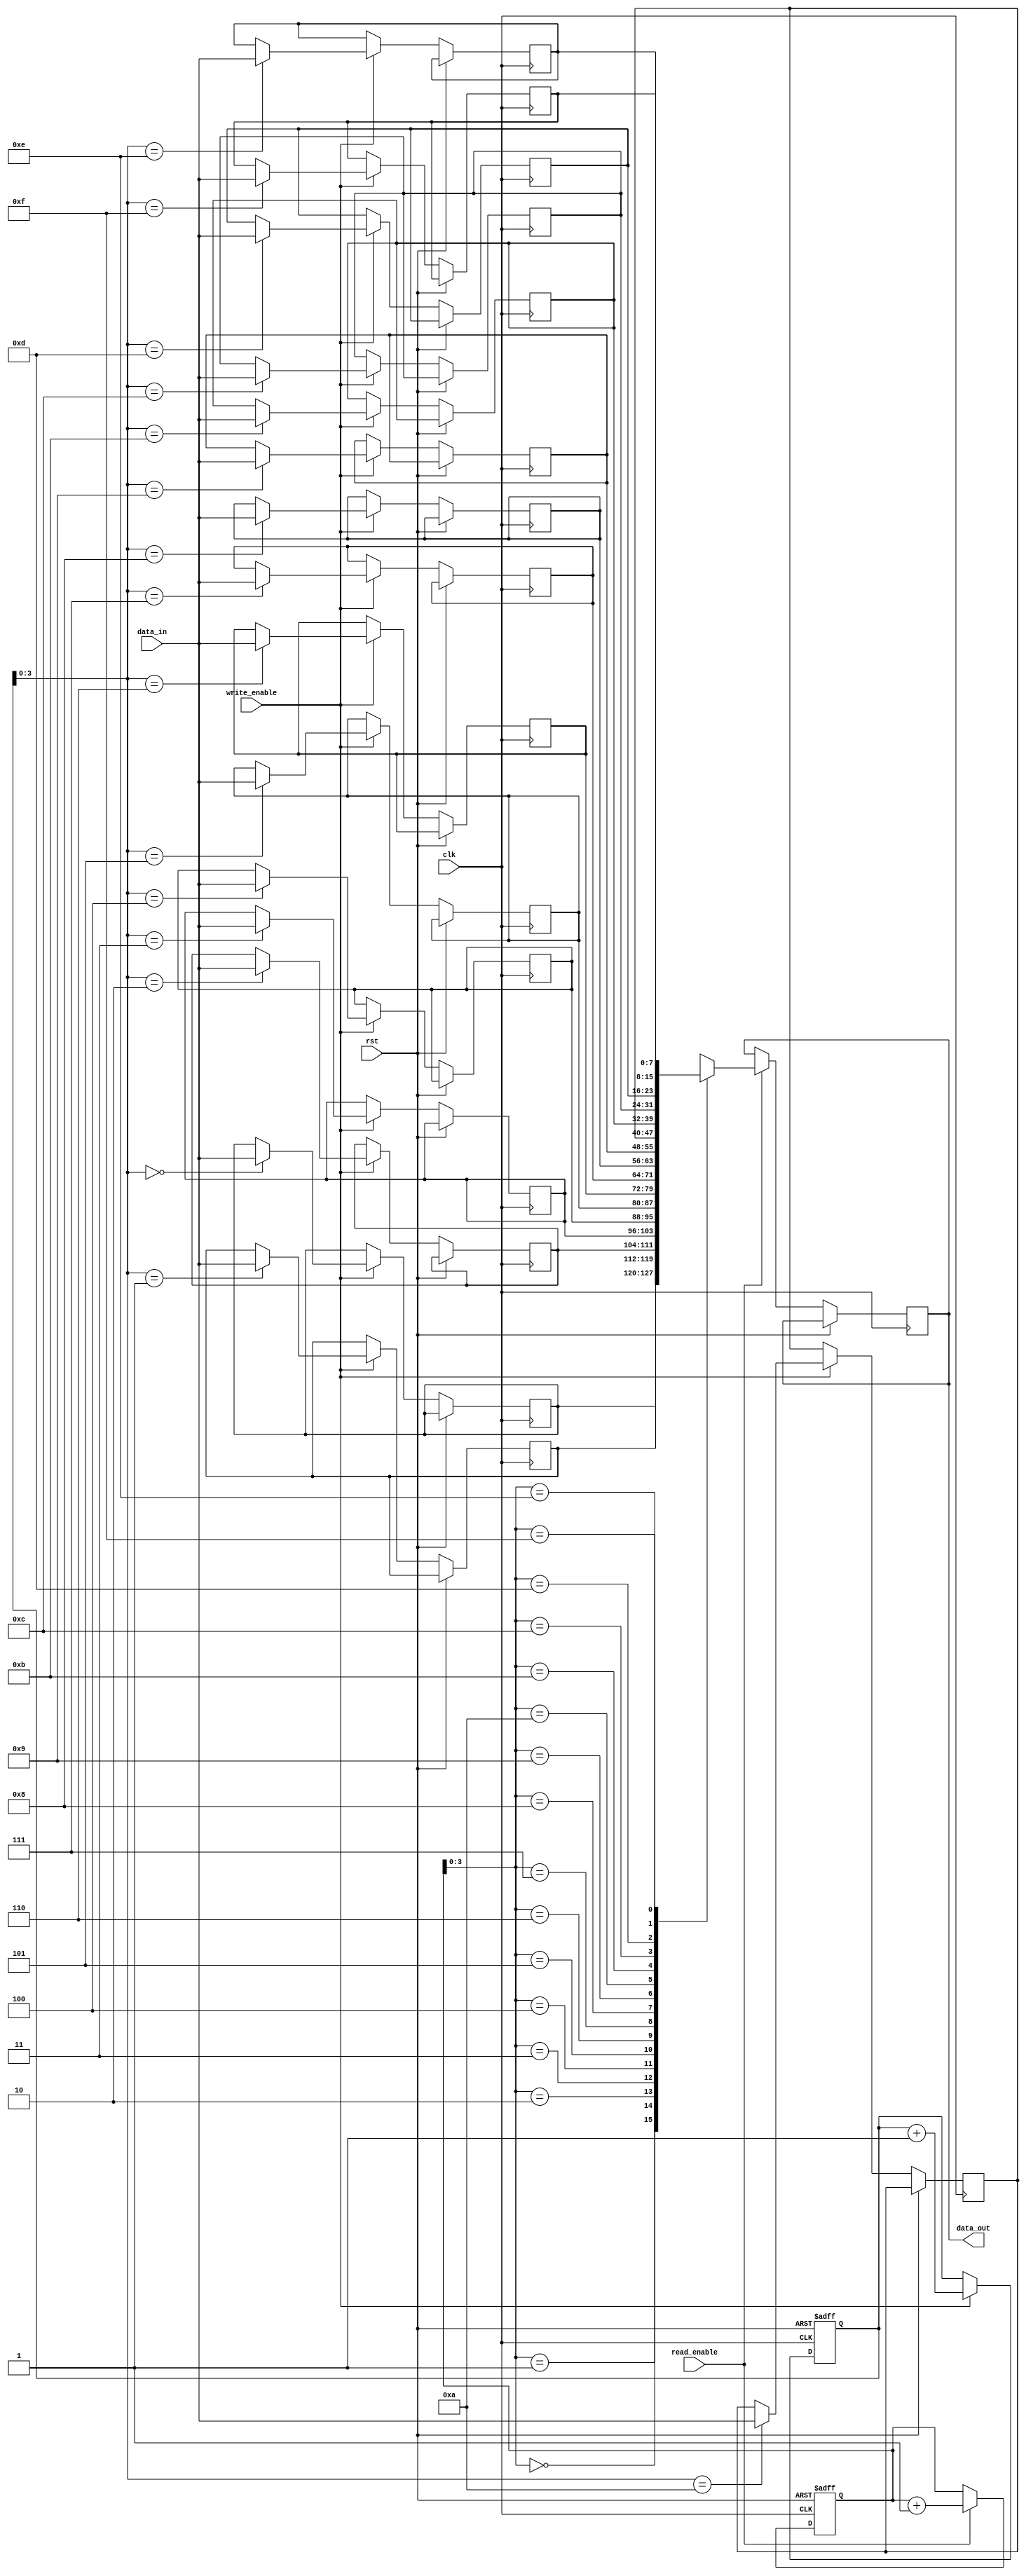
module fifo_buffer (
    input wire clk,
    input wire rst,
    input wire write_enable,
    input wire read_enable,
    input wire [DATA_WIDTH-1:0] data_in,
    output reg [DATA_WIDTH-1:0] data_out
);

parameter DEPTH = 16; // Depth of the FIFO buffer
parameter DATA_WIDTH = 8; // Width of the data bus

reg [DATA_WIDTH-1:0] fifo_buffer [0:DEPTH-1];
reg [4:0] write_ptr, read_ptr;

always @(posedge clk or posedge rst) begin
    if (rst) begin
        write_ptr <= 0;
        read_ptr <= 0;
    end else begin
        if (write_enable) begin
            fifo_buffer[write_ptr] <= data_in;
            write_ptr <= write_ptr + 1;
        end

        if (read_enable) begin
            data_out <= fifo_buffer[read_ptr];
            read_ptr <= read_ptr + 1;
        end
    end
end

endmodule